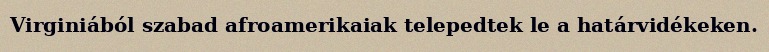
Virginiából szabad afroamerikaiak telepedtek le a határvidékeken.